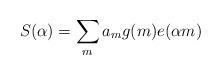
LaTeX: \begin{align*} S(\alpha)=\sum_m a_m g(m)e(\alpha m)\end{align*}